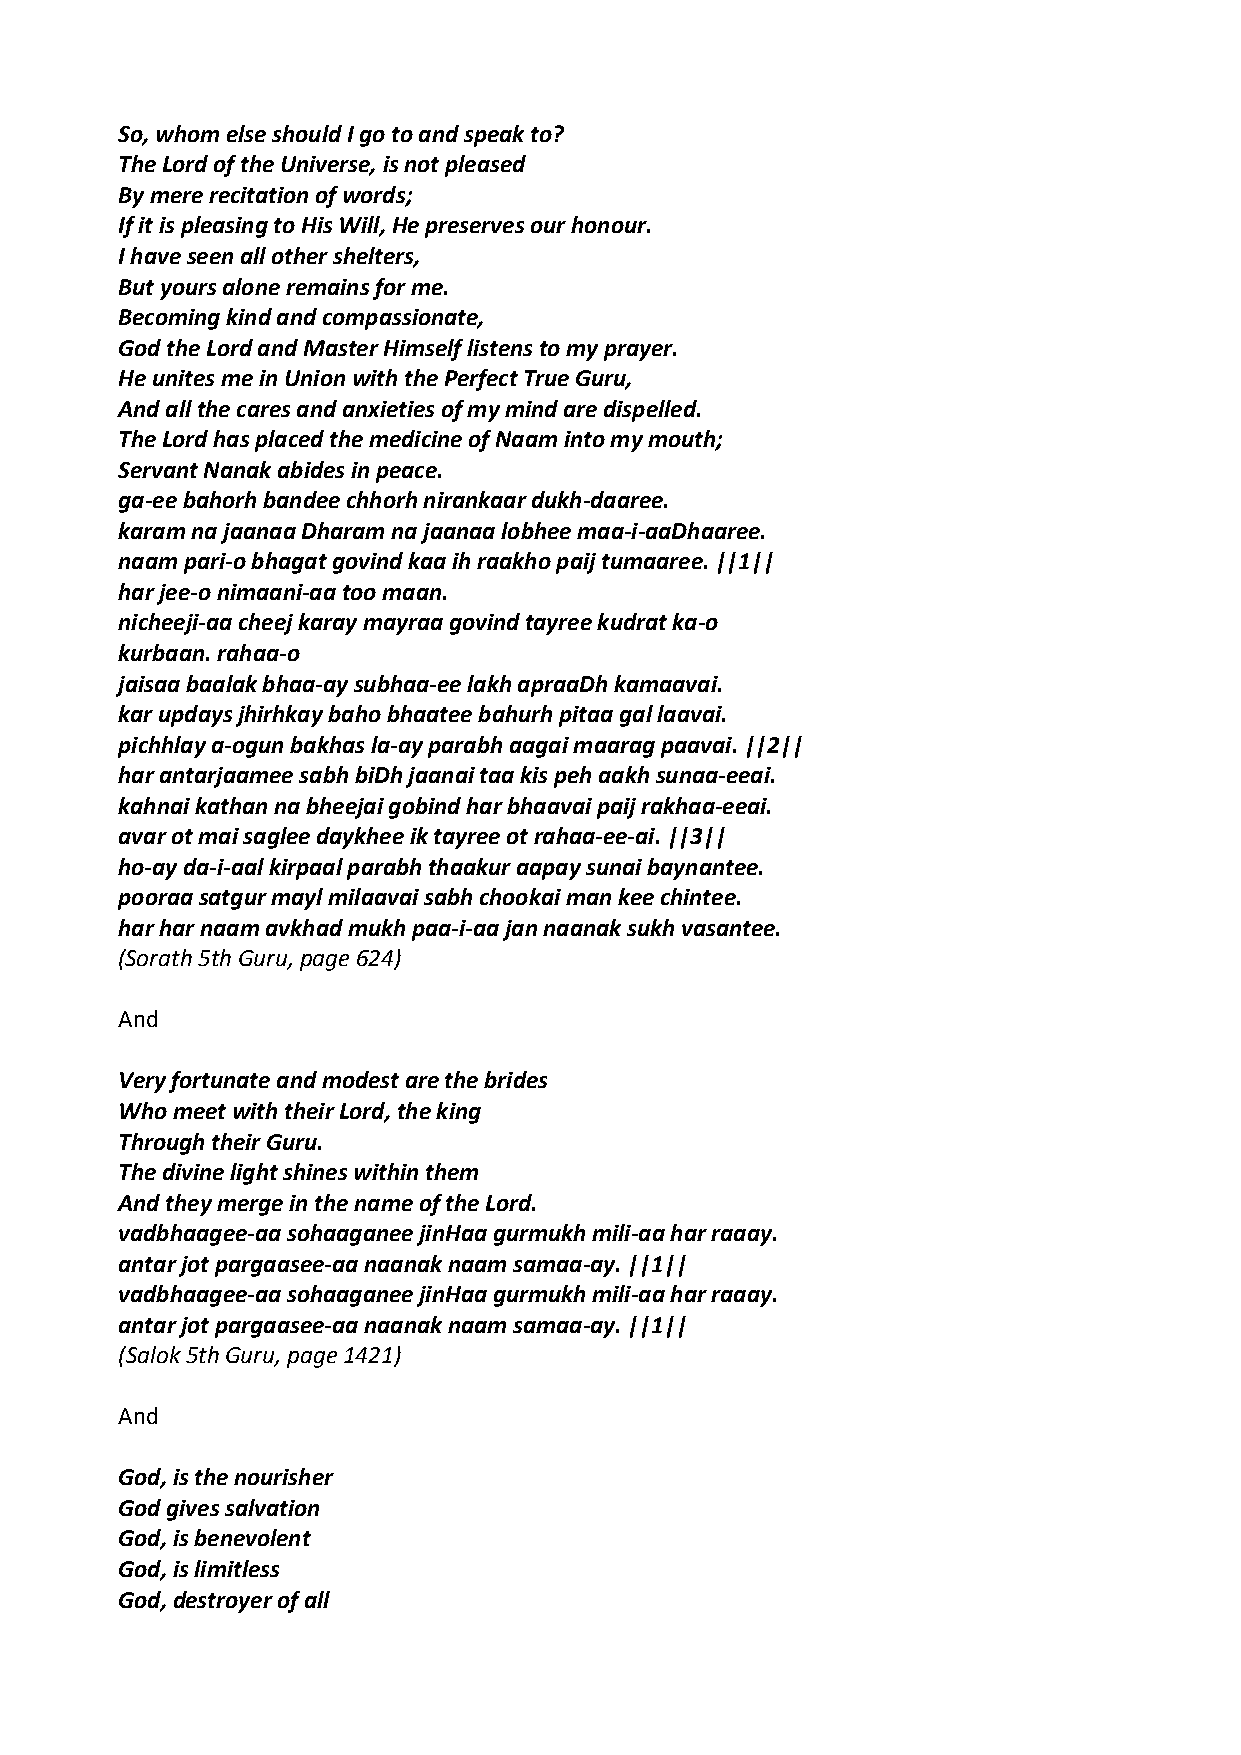
So, whom else should I go to and speak to?
 The Lord of the Universe, is not pleased
 By mere recitation of words;
 If it is pleasing to His Will, He preserves our honour.
 I have seen all other shelters,
 But yours alone remains for me.
 Becoming kind and compassionate,
 God the Lord and Master Himself listens to my prayer.
 He unites me in Union with the Perfect True Guru,
 And all the cares and anxieties of my mind are dispelled.
 The Lord has placed the medicine of Naam into my mouth;
 Servant Nanak abides in peace.
 ga‐ee bahorh bandee chhorh nirankaar dukh‐daaree.
 karam na jaanaa Dharam na jaanaa lobhee maa‐i‐aaDhaaree.
 naam pari‐o bhagat govind kaa ih raakho paij tumaaree. ||1||
 har jee‐o nimaani‐aa too maan.
 nicheeji‐aa cheej karay mayraa govind tayree kudrat ka‐o
 kurbaan. rahaa‐o
 jaisaa baalak bhaa‐ay subhaa‐ee lakh apraaDh kamaavai.
 kar updays jhirhkay baho bhaatee bahurh pitaa gal laavai.
 pichhlay a‐ogun bakhas la‐ay parabh aagai maarag paavai. ||2||
 har antarjaamee sabh biDh jaanai taa kis peh aakh sunaa‐eeai.
 kahnai kathan na bheejai gobind har bhaavai paij rakhaa‐eeai.
 avar ot mai saglee daykhee ik tayree ot rahaa‐ee‐ai. ||3||
 ho‐ay da‐i‐aal kirpaal parabh thaakur aapay sunai baynantee.
 pooraa satgur mayl milaavai sabh chookai man kee chintee.
 har har naam avkhad mukh paa‐i‐aa jan naanak sukh vasantee.
 (Sorath 5th Guru, page 624)
 And
 Very fortunate and modest are the brides
 Who meet with their Lord, the king
 Through their Guru.
 The divine light shines within them
 And they merge in the name of the Lord.
 vadbhaagee‐aa sohaaganee jinHaa gurmukh mili‐aa har raaay.
 antar jot pargaasee‐aa naanak naam samaa‐ay. ||1||
 vadbhaagee‐aa sohaaganee jinHaa gurmukh mili‐aa har raaay.
 antar jot pargaasee‐aa naanak naam samaa‐ay. ||1||
 (Salok 5th Guru, page 1421)
 And
 God, is the nourisher
 God gives salvation
 God, is benevolent
 God, is limitless
 God, destroyer of all